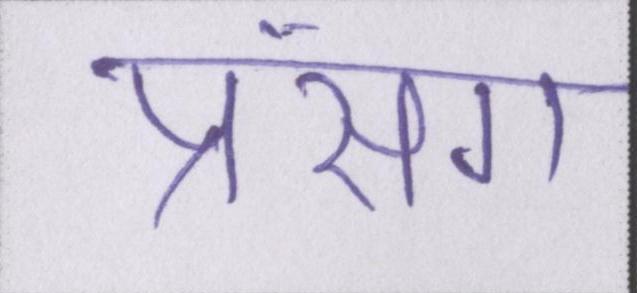
प्रसंग